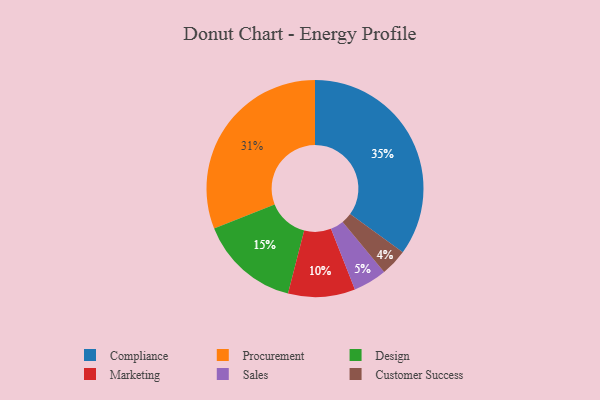
{"axis": {"x": "Category", "y": "Percentage"}, "legend": ["Compliance", "Customer Success", "Design", "Marketing", "Procurement", "Sales"], "data": [{"x": "Design", "y": 15, "type": "Design"}, {"x": "Marketing", "y": 10, "type": "Marketing"}, {"x": "Customer Success", "y": 4, "type": "Customer Success"}, {"x": "Compliance", "y": 35, "type": "Compliance"}, {"x": "Sales", "y": 5, "type": "Sales"}, {"x": "Procurement", "y": 31, "type": "Procurement"}]}